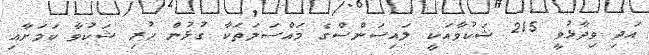
އަދި ވިދާޅުވީ 215 ޝަކުވާއަކީ ލައިސަންސްގެ މައްސަލަތަކާ ގުޅުން ހުރި ޝަކުވާ ކަމަށާއި